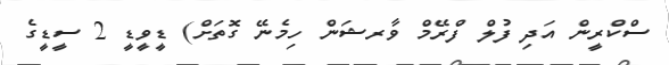
ސްކްރީން އަދި ފުލް ފްރޭމް ވާރޝަން ހިމެނޭ ގޮތަށް) ޑީވީޑީ 2 ސީޑީގެ